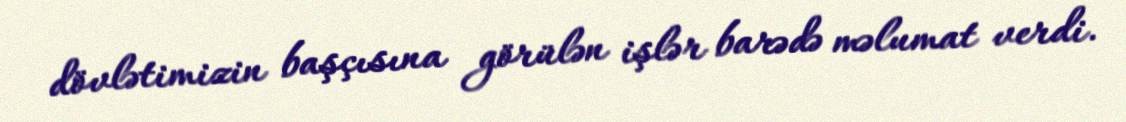
dövlətimizin başçısına görülən işlər barədə məlumat verdi.